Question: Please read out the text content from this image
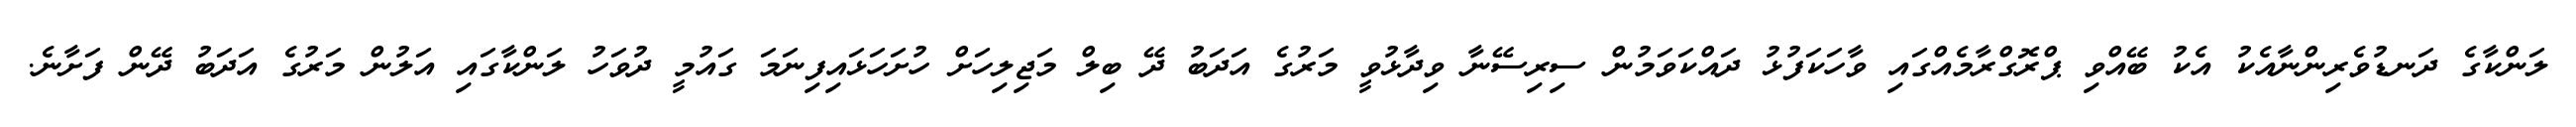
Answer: ލަންކާގެ ދަނޑުވެރިންނާއެކު އެކު ބޭއްވި ޕްރޮގްރާމެއްގައި ވާހަކަފުޅު ދައްކަވަމުން ސިރިސޭނާ ވިދާޅުވީ މަރުގެ އަދަބު ދޭ ބިލް މަޖިލިހަށް ހުށަހަޅައިފިނަމަ ގައުމީ ދުވަހު ލަންކާގައި އަލުން މަރުގެ އަދަބު ދޭން ފަށާނެ.